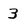
Character: 3